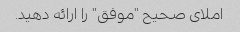
املای صحیح "موفق" را ارائه دهید.